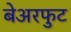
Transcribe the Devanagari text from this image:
बेअरफुट